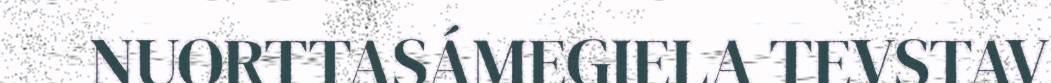
NUORTTASÁMEGIELA TEVSTAV